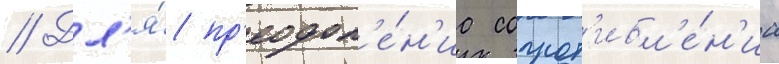
// Дл'я́ пр'еодол'е́н'иа сопрот'ивл'е́н'иа